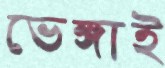
ভেঙ্গাই